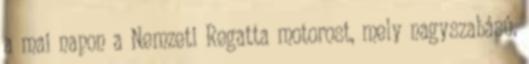
a mai napon a Nemzeti Regatta motorost, mely nagyszabású,